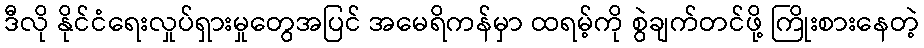
ဒီလို နိုင်ငံရေးလှုပ်ရှားမှုတွေအပြင် အမေရိကန်မှာ ထရမ့်ကို စွဲချက်တင်ဖို့ ကြိုးစားနေတဲ့